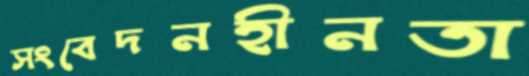
সংবেদনহীনতা